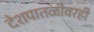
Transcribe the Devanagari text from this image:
देशपातळीवरही